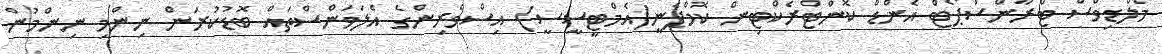
މޯލްޑިވްސް ޓްރާންސްޕޯޓް އެންޑް ކޮންޓްރެކްޓިން ކޮމްޕެނީ(އެމްޓީސީސީ) އިސްވެރިންގެ އެލަވަންސްތައް ބޮޑުކުރަން ނިންމި ނިންމުން